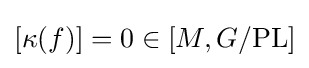
[\kappa (f)]=0\in [M,G/{\rm {PL}}]